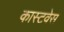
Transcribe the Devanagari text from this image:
कास्टवेस